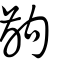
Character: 齣